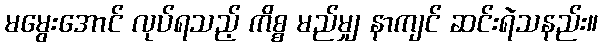
မမွေးအောင် လုပ်ရသည့် ကိစ္စ မည်မျှ နာကျင် ဆင်းရဲသနည်း။